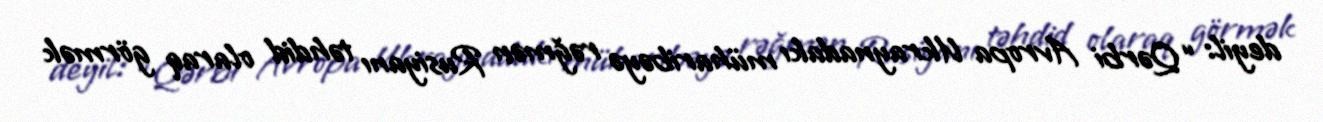
deyil: “Qərbi Avropa Ukraynadakı müharibəyə rəğmən Rusiyanı təhdid olaraq görmək